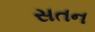
સતન